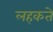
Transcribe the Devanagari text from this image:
लहकते